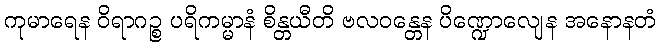
ကုမာရေန ဝိရာဂဉ္စ ပရိကမ္မာနံ စိန္တယီတိ ဗလဝန္တေန ပိဏ္ဍောလျေန အနောနတံ